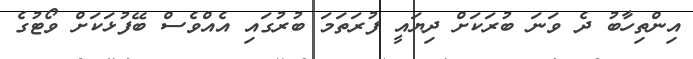
އިންތިހާބު ދެ ވަނަ ބުރަކަށް ދިޔައީ ފުރަތަމަ ބުރުގައި އެއްވެސް ބޭފުޅަކަށް ވޯޓުގެ